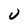
Character: U